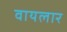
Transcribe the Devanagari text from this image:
वायलार